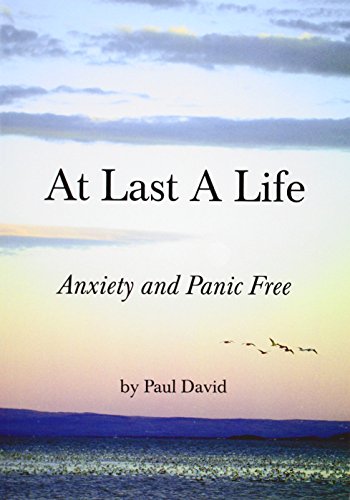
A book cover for At Last a Life; Paul David; Self-Help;